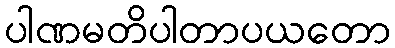
ပါဏမတိပါတာပယတော